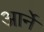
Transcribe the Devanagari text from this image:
आर्ने